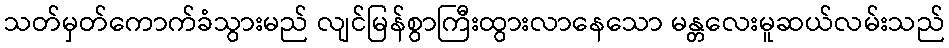
သတ်မှတ်ကောက်ခံသွားမည် လျင်မြန်စွာကြီးထွားလာနေသော မန္တလေးမူဆယ်လမ်းသည်